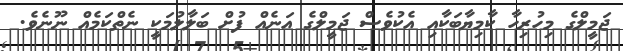
ޖަމީލްގެ މިހުރިހާ ކާމިޔާބަކާއި އެކުވެސް ޖަމީލްގެ އަނެއް ފުށް ބަލާލުމަކީ ނެތްކަމެއް ނޫނެވެ.